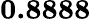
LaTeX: \mathbf{0.8888}